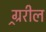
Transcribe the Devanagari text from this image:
ग्र्ररील